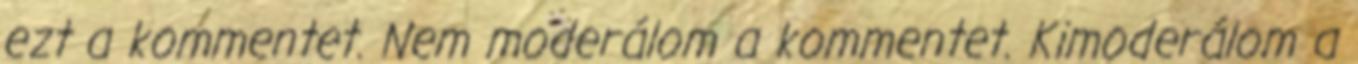
ezt a kommentet. Nem moderálom a kommentet. Kimoderálom a